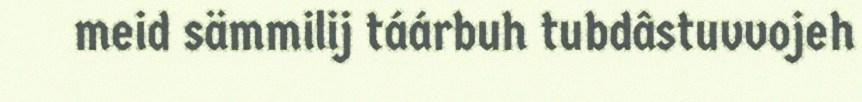
meid sämmilij táárbuh tubdâstuvvojeh